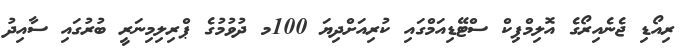
ރިއޯޑި ޖެނެއިރޯގެ އޮލިމްޕިކް ސްޓޭޑިއަމްގައި ކުރިއަށްދިޔަ 100މ ދުވުމުގެ ޕްރިލިމިނަރީ ބުރުގައި ސާއިދު